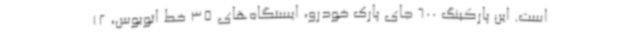
است. این پارکینگ 600 جای پارک خودرو، ایستگاه‌های 35 خط اتوبوس، 12